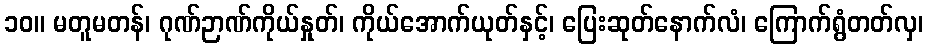
၁၀။ မတူမတန်၊ ဂုဏ်ဉာဏ်ကိုယ်နှုတ်၊ ကိုယ်အောက်ယုတ်နှင့်၊ ပြေးဆုတ်နောက်လံ၊ ကြောက်ရွံတတ်လှ၊